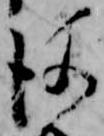
後